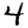
Digit: 4